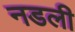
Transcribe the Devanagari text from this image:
नडली